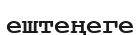
ештеңеге